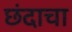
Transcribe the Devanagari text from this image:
छंदाचा